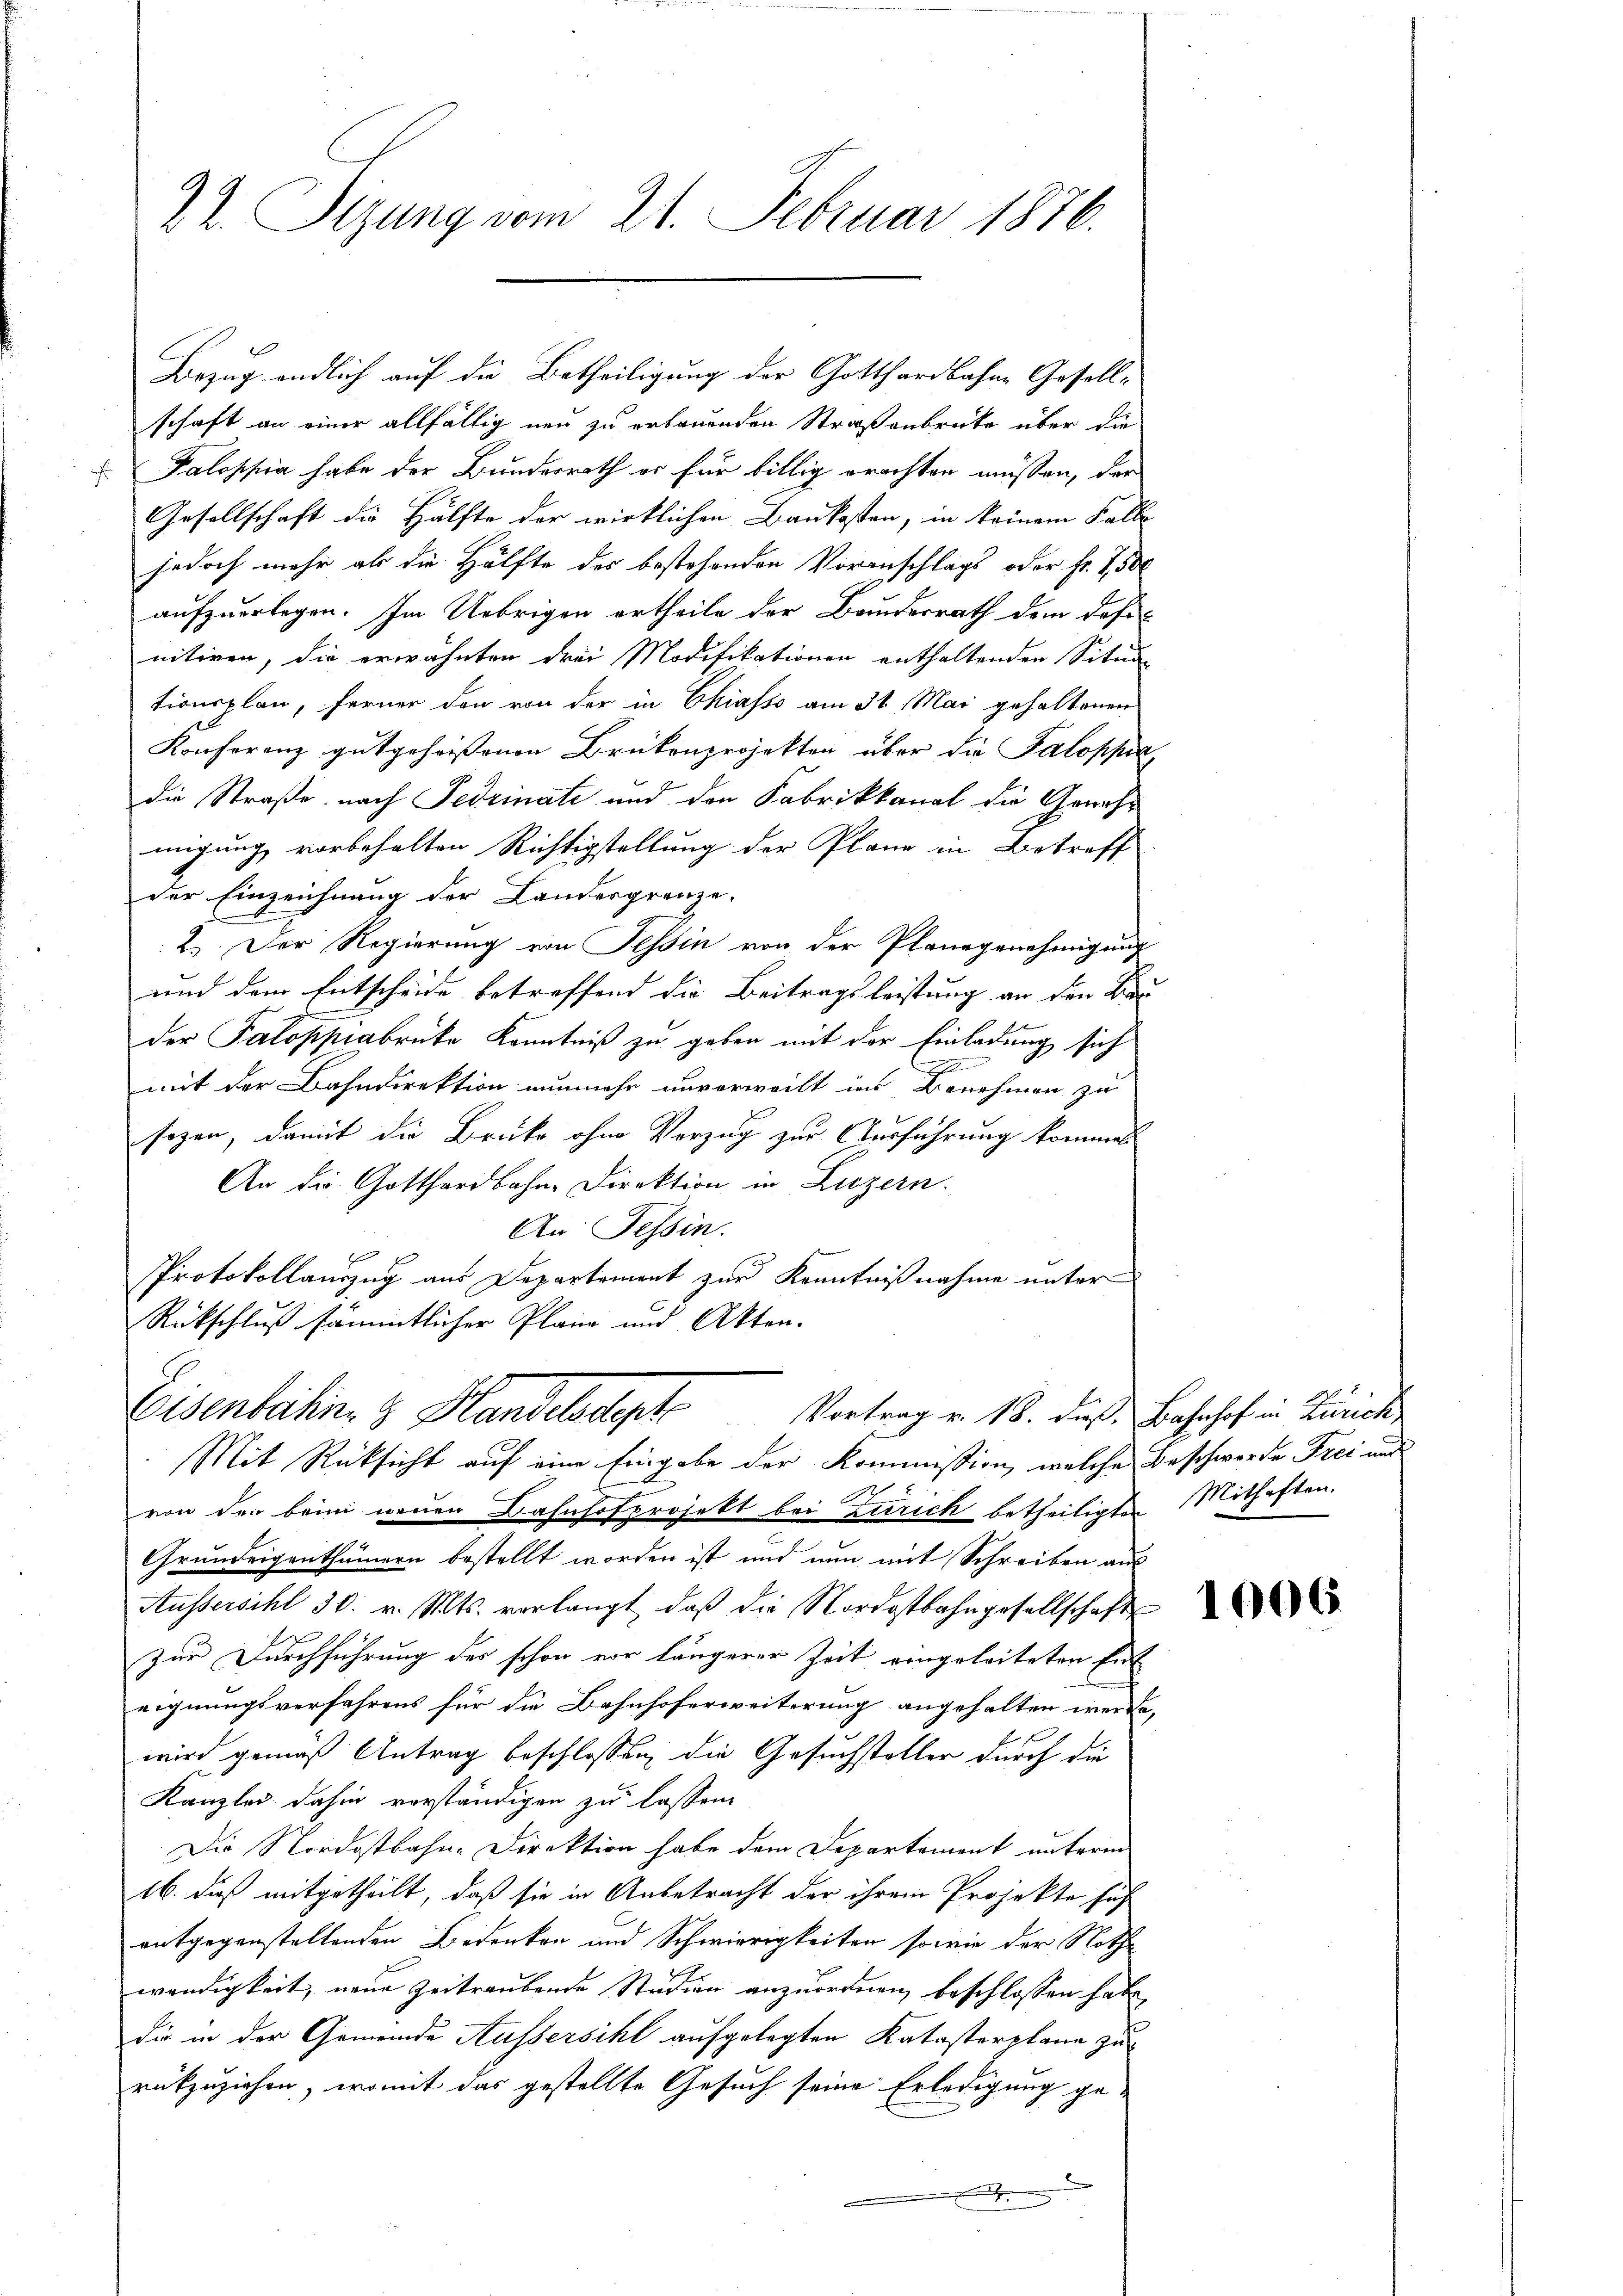
22. Sizung vom 21. Februar 1876.

Bezug endlich auf die Betheiligung der Gotthardbahne Gesellschaft an einer allfällig neu zu erbauenden Straßenbrücke über die
Galoppia habe der Bundesrath er für billig erachten müssen, der
Gesellschaft die Hälfte der wirklichen Baukosten, in keinem Falle
jedoch mehr als die Hälfte des bestehenden Voranschlags oder Fr. 1500
aufzuerlegen. Im Uebrigen ertheile der Bundesrath dem desi
nitiren, die erwähnten drei Modifikationen enthaltenden Situa-
tionsplan, ferner den von der in Chiasso am 31. Mai gehaltenen
Konferenz gutgeheissenen Brükenprojekten über die Salosha
die Straße nach Fedrinate und den Fabrikkanal die Genehmigung vorbehalten Richtigstellung der Plane in Betreff
der Einzeichnung der Landergrenze.
2.) Der Regierung von Tessin von der Planegenehmigung
und dem Entscheide betreffend die Beitragsleistung an den Bas
der Saloppiabrike Kenntniß zu geben mit der Einladung sich
mit der Bahndirektion nunmehr unverweilt ins Benehmen zu
sogen, damit die Brücke ohne Vorzug zur Ausführung kommen
An die Gotthardbahne Direktion in Luzern.
An: Tessin.

Protokollauszug aus Departement zur Kenntnißnahme unter
Rückschluß sämmtlicher Plane und Akten.
Eisenbahn. & Handelsdept
Vortrag v. 18. dieß, Bahnhof in Zürich
Mit Rücksicht auf eine Eingabe der Kommission, welche Beschwerde Frei und
von der brin neuen Bahnhofprojekt bei Zürich betheiligten Mithaften.
Grundeigenthümern bestellt worden ist und nun mit Schreiben aus
Aussersihl 30. v. Mts. verlangt, daß die Nordostbahngesellschaft
zur Durchführung des schon vor längerer Zeit eingeleiteten Ent
eignungsverfahrens für die Bahnhoferweiterung angehalten werde,
wird gemäß Antrag beschlossen, die Gesuchsteller durch die
Kanzlei dahin vorständigen zu lassen.
Die Nordostbahn-Direktion habe dem Departement unterm
16. daß mitgetheilt, daß sie in Anbetracht der ihrem Projekte sich
entgegenstellenden Bedenken und Schwierigkeiten so wie der Nothe
wendigkeit, neue Zeitraubende Studien anzuordnen, beschlossen habe
die in der Gemeinde Aussersihl aufgelegten Katasterplana zur
rükzuziehen, womit das gestellte Gesuch seine Erledigung ge-
e
.

1006.